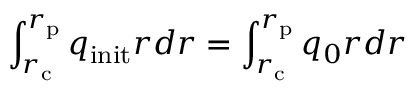
\int _ { r _ { \mathrm { c } } } ^ { r _ { \mathrm { p } } } q _ { \mathrm { i n i t } } r d r = \int _ { r _ { \mathrm { c } } } ^ { r _ { \mathrm { p } } } q _ { 0 } r d r